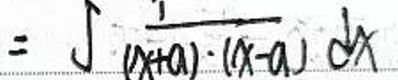
$= \int \frac{1}{( x + a ) \cdot ( x - a ) } d x$